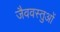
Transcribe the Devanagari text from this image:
जैववस्तुओं